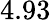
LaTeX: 4.93